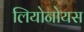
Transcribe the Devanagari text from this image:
लियोनोयस